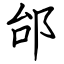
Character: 邰